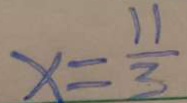
x = \frac { 1 1 } { 3 }